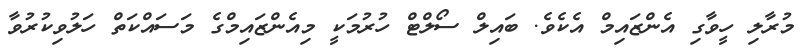
މުރާލި ހީވާގި އެންޒައިމް އެކެވެ. ބައިލް ސޯލްޓް ހުރުމަކީ މިއެންޒައިމްގެ މަސައްކަތް ހަލުވިކުރުވާ